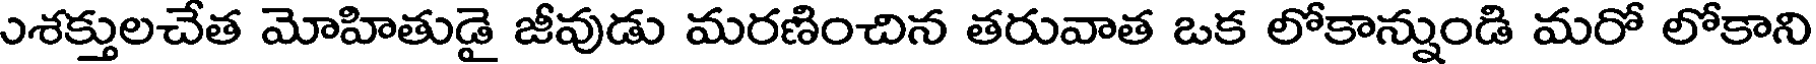
ుశక్తులచేత మోహితుడై జీవుడు మరణించిన తరువాత ఒక లోకాన్నుండి మరో లోకాని